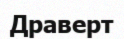
Драверт